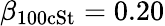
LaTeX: \beta_{\mathrm{100cSt}}=0.20